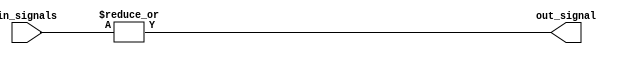
module or_gate_8 (
    input [7:0] in_signals,
    output reg out_signal
);

always @* begin
    out_signal = |in_signals; // Performs a logical OR operation on all input signals
end

endmodule